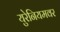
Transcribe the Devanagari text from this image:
युरेनियमवर